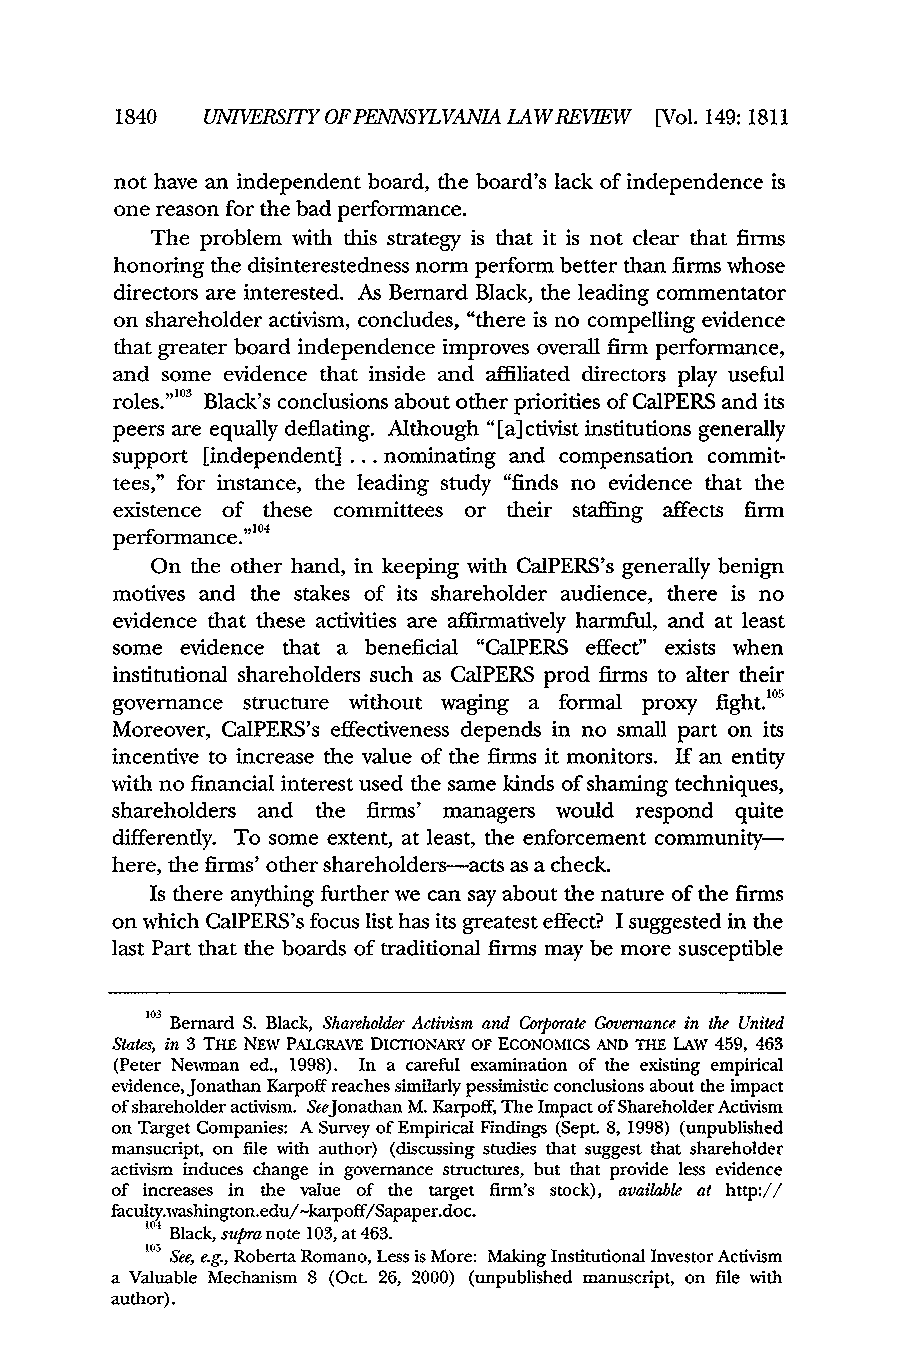
1840  UNIVERSITY OFPENNSYLVANIA LAWREVIEW [Vol. 149:1811
 not have an independent board, the board's lack of independence is
 one reason for the bad performance.
 The problem with this strategy is that it is not clear that firms
 honoring the disinterestedness norm perform better than firms whose
 directors are interested. As Bernard Black, the leading commentator
 on shareholder activism, concludes, "there is no compelling evidence
 that greater board independence improves overall firm performance,
 and some evidence that inside and affiliated directors play useful
 roles." °3 Black's conclusions about other priorities of CalPERS and its
 peers are equally deflating. Although "[a] ctivist institutions generally
 support [independent] ...n ominating and compensation commit-
 tees," for instance, the leading study "finds no evidence that the
 existence of these committees or their staffing affects firm
 04
 performance."
 On the other hand, in keeping with CalPERS's generally benign
 motives and the stakes of its shareholder audience, there is no
 evidence that these activities are affirmatively harmful, and at least
 some evidence that a beneficial "CalPERS effect" exists when
 institutional shareholders such as CalPERS prod firms to alter their
 governance structure without waging a formal proxy fight."'
 Moreover, CalPERS's effectiveness depends in no small part on its
 incentive to increase the value of the firms it monitors. If an entity
 with no financial interest used the same kinds of shaming techniques,
 shareholders and the firms' managers would respond quite
 differently. To some extent, at least, the enforcement community-
 here, the firms' other shareholders-acts as a check.
 Is there anything further we can say about the nature of the firms
 on which CalPERS's focus list has its greatest effect? I suggested in the
 last Part that the boards of traditional firms may be more susceptible
 103 Bernard S. Black, ShareholderA ctivism and Corporate Governance in the United
 States, in 3 THE NEW PALGRAVE DICTIONARY OF ECONOMICS AND THE LAW 459, 463
 (Peter Newman ed., 1998). In a careful examination of the existing empirical
 evidence, Jonathan Karpoff reaches similarly pessimistic conclusions about the impact
 of shareholder activism. SteJonathan M. Karpoff, The Impact of Shareholder Activism
 on Target Companies: A Survey of Empirical Findings (Sept. 8, 1998) (unpublished
 mansucript, on file with author) (discussing studies that suggest that shareholder
 activism induces change in governance structures, but that provide less evidence
 of increases in the value of the target firm's stock), available at http://
 faculty.washington.edu/-karpoff/Sapaper.doc.
 104 Black, supra note 103, at 463.
 105 See, e.g., Roberta Romano, Less is More: Making Institutional Investor Activism
 a Valuable Mechanism 8 (Oct. 26, 2000) (unpublished manuscript, on file with
 author).